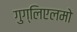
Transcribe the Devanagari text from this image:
गुग्लिएलमो